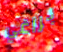
براغي